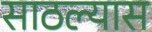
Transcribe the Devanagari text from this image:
साठल्यास